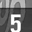
Digit: 5